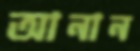
আনান